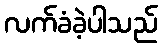
လက်ခံခဲ့ပါသည်